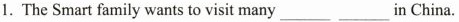
1. The Smart family wants to visit many